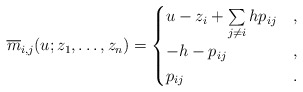
\begin{gather*}\overline{m}_{i,j}(u;z_1,\ldots,z_n) = \begin{cases}u-z_i + \sum\limits_{j \not= i} h p_{ij}& ,\\-h-p_{ij} & , \\p_{ij} & .\end{cases}\end{gather*}